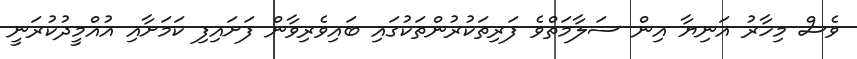
ވެސް މިހާރު އަނިޔާ އިން ސަލާމަތްވެ ފަރިތަކުރުންތަކުގައި ބައިވެރިވާން ފަށައިފި ކަމަށާއި އުއްމީދުކުރަނީ